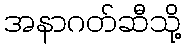
အနာဂတ်ဆီသို့